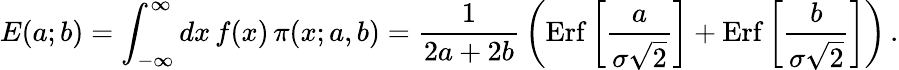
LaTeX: E(a;b)=\int_{-\infty}^{\infty}dx\, f(x)\, \pi(x;a,b)={\frac{1}{2a+2b}}\left(\mathrm{Erf}\left[{\frac{a}{\sigma\sqrt 2}}\right]+\mathrm{Erf}\left[{\frac{b}{\sigma\sqrt 2}}\right]\right)\, .